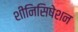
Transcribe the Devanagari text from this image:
शीनिसिषेशन